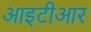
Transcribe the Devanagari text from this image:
आइटीआर